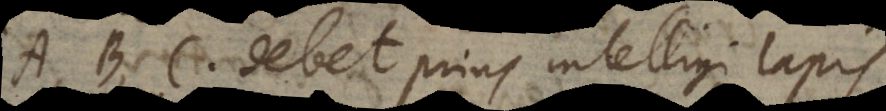
A, B, C debet prius intelligi lapis